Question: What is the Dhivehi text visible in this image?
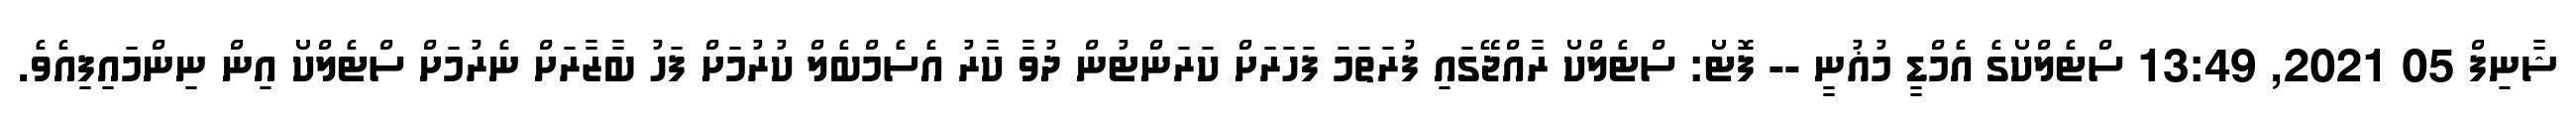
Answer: ޝާނިފް 05 2021, 13:49 ސްޓެލްކޯގެ އެމްޑީ މުޣުނީ -- ފޮޓޯ: ސްޓެލްކޯ ރާއްޖޭގައި ފުރަތަމަ ފަހަރަށް ކަރަންޓުން ދުވާ ކާރު އެސެމްބެލް ކުރުމަށް ފަހު ބާޒާރަށް ނެރުމަށް ސްޓެލްކޯ އިން ނިންމައިފިއެވެ.